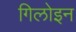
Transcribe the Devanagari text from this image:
गिलोइन